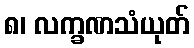
၈၊ လက္ခဏသံယုတ်